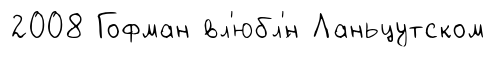
2008 Гофман вл'юбл'́н Ланьцутском